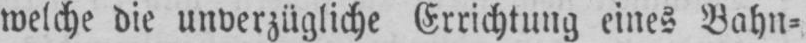
welche die unverzügliche Errichtung eines Bahn⸗